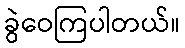
ခွဲဝေကြပါတယ်။